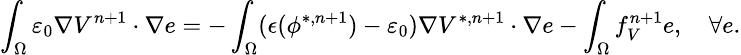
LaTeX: \small\int_{\Omega}\varepsilon_{0}\nabla V^{n+1}\cdot\nabla e=-\int_{\Omega}(\epsilon(\phi^{*,n+1})-\varepsilon_{0})\nabla V^{*,n+1}\cdot\nabla e-\int_{\Omega}f_{V}^{n+1}e,\quad\forall e.